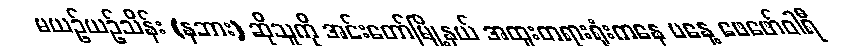
မယဥ်ယဥ်သိန်း (နဘား) ဆိုသူကို အင်းတော်မြို့နယ် အထူးတရားရုံးကနေ မနေ့ ဖေဖော်ဝါရီ